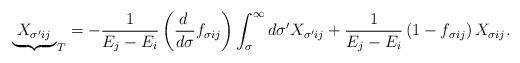
\begin{align*}{\underbrace{\ X_{\sigma^\prime ij}\ }}_T= -{1\over E_j - E_i}\left({d\,\over d\sigma}f_{\sigma ij}\right)\int_\sigma^\infty d\sigma^\prime X_{\sigma^\prime ij}+ {1\over E_j - E_i}\left(1-f_{\sigma ij}\right)X_{\sigma ij}.\end{align*}